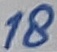
Text: 18